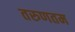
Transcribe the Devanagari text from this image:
तरुणतम